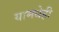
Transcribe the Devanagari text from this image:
यामधेही